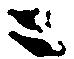
ニ